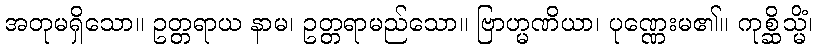
အတုမရှိသော။ ဥတ္တရာယ နာမ၊ ဥတ္တရာမည်သော။ ဗြာဟ္မဏိယာ၊ ပုဏ္ဏေးမ၏။ ကုစ္ဆိသ္မိံ၊